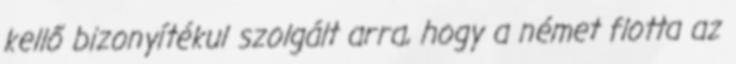
kellő bizonyítékul szolgált arra, hogy a német flotta az